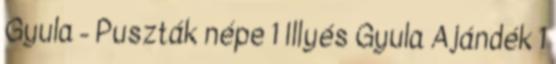
Gyula - Puszták népe 1 Illyés Gyula Ajándék 1